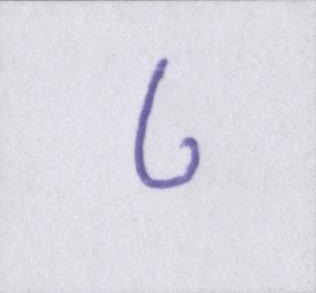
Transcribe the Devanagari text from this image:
८